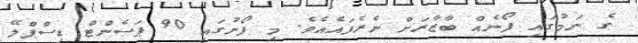
ގެ ނަމުގައި ފޯނެއް ބާޒާރަށް ނެރެފައެއެވެ. މި ފޯނުގައި 90 ޕަސެންޓް ޑިސްޕްލޭ